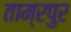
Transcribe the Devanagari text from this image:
ताम्रपुर